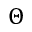
\Theta